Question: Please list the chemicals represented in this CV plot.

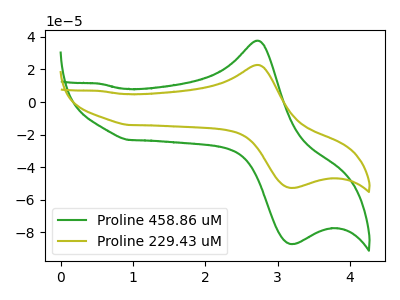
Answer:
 <answer>The green curve is labeled "Proline 458.86 uM". The olive curve is labeled "Proline 229.43 uM".</answer>
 <eval></eval>